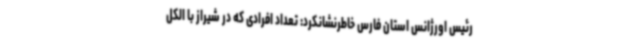
رئیس اورژانس استان فارس خاطرنشانکرد: تعداد افرادی که در شیراز با الکل